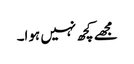
مجھے کچھ نہیں ہوا۔